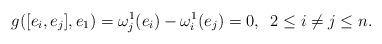
LaTeX: \begin{align*} & g([e_i,e_j],e_1)=\omega^1_j(e_i)-\omega^1_i(e_j)=0,\;\; 2\leq i\ne j\leq n.\end{align*}